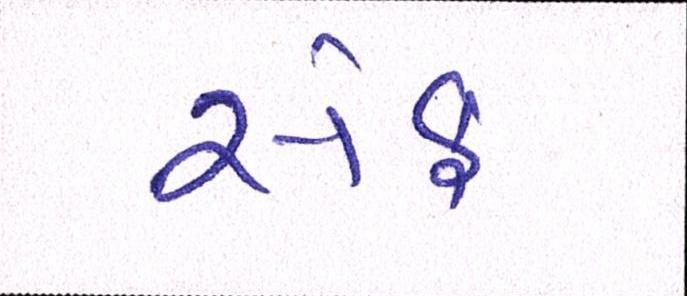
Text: સેફ